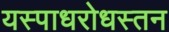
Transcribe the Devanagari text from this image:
यस्पाधरोधस्तन